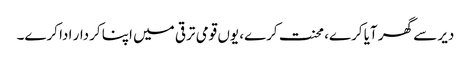
دیر سے گھر آیا کرے، محنت کرے، یوں قومی ترقی میں اپنا کردار ادا کرے۔